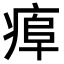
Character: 𤷎